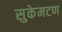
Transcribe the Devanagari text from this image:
सुकेमटण